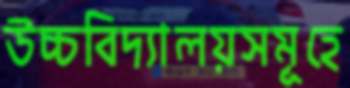
উচ্চবিদ্যালয়সমূহে